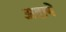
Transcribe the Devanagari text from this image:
अदायें